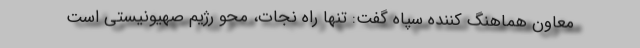
معاون هماهنگ کننده سپاه گفت: تنها راه نجات، محو رژیم صهیونیستی است